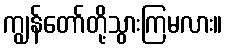
ကျွန်တော်တို့သွားကြမလား။